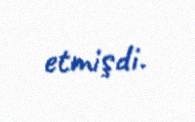
etmişdi.